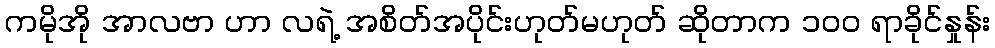
ကမိုအို အာလဗာ ဟာ လရဲ့ အစိတ်အပိုင်းဟုတ်မဟုတ် ဆိုတာက ၁၀၀ ရာခိုင်နှုန်း